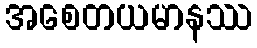
အစေတယမာနဿ